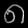
Digit: ၈